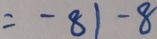
= - 8 1 - 8